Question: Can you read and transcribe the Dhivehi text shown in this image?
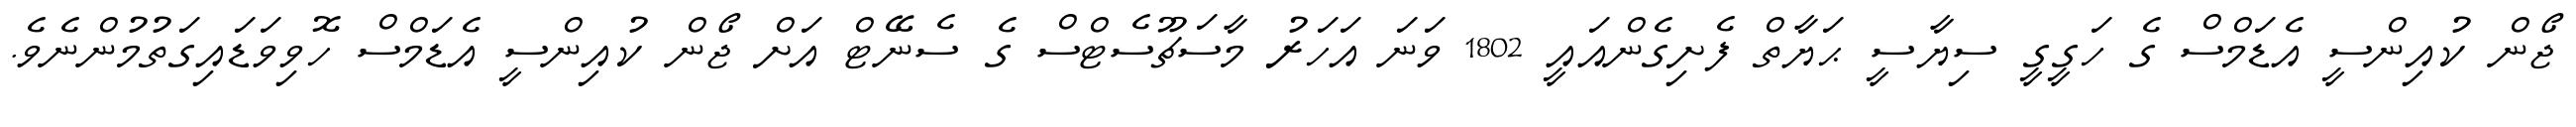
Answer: ޖޯން ކުއިންސީ އެޑަމްސް ގެ ހަގީގީ ސިޔާސީ ޙަޔާތް ފެށިގެންއައީ 1802 ވަނަ އަހަރު މާސަޗޫސެޓްސް ގެ ސެނޭޓް އަށް ޖޯން ކުއިންސީ އެޑަމްސް ހޮވިވަޑައިގަތުމުންނެވެ.